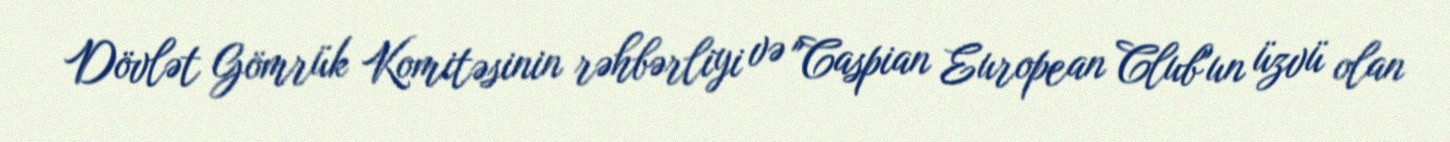
Dövlət Gömrük Komitəsinin rəhbərliyi və "Caspian European Club"un üzvü olan